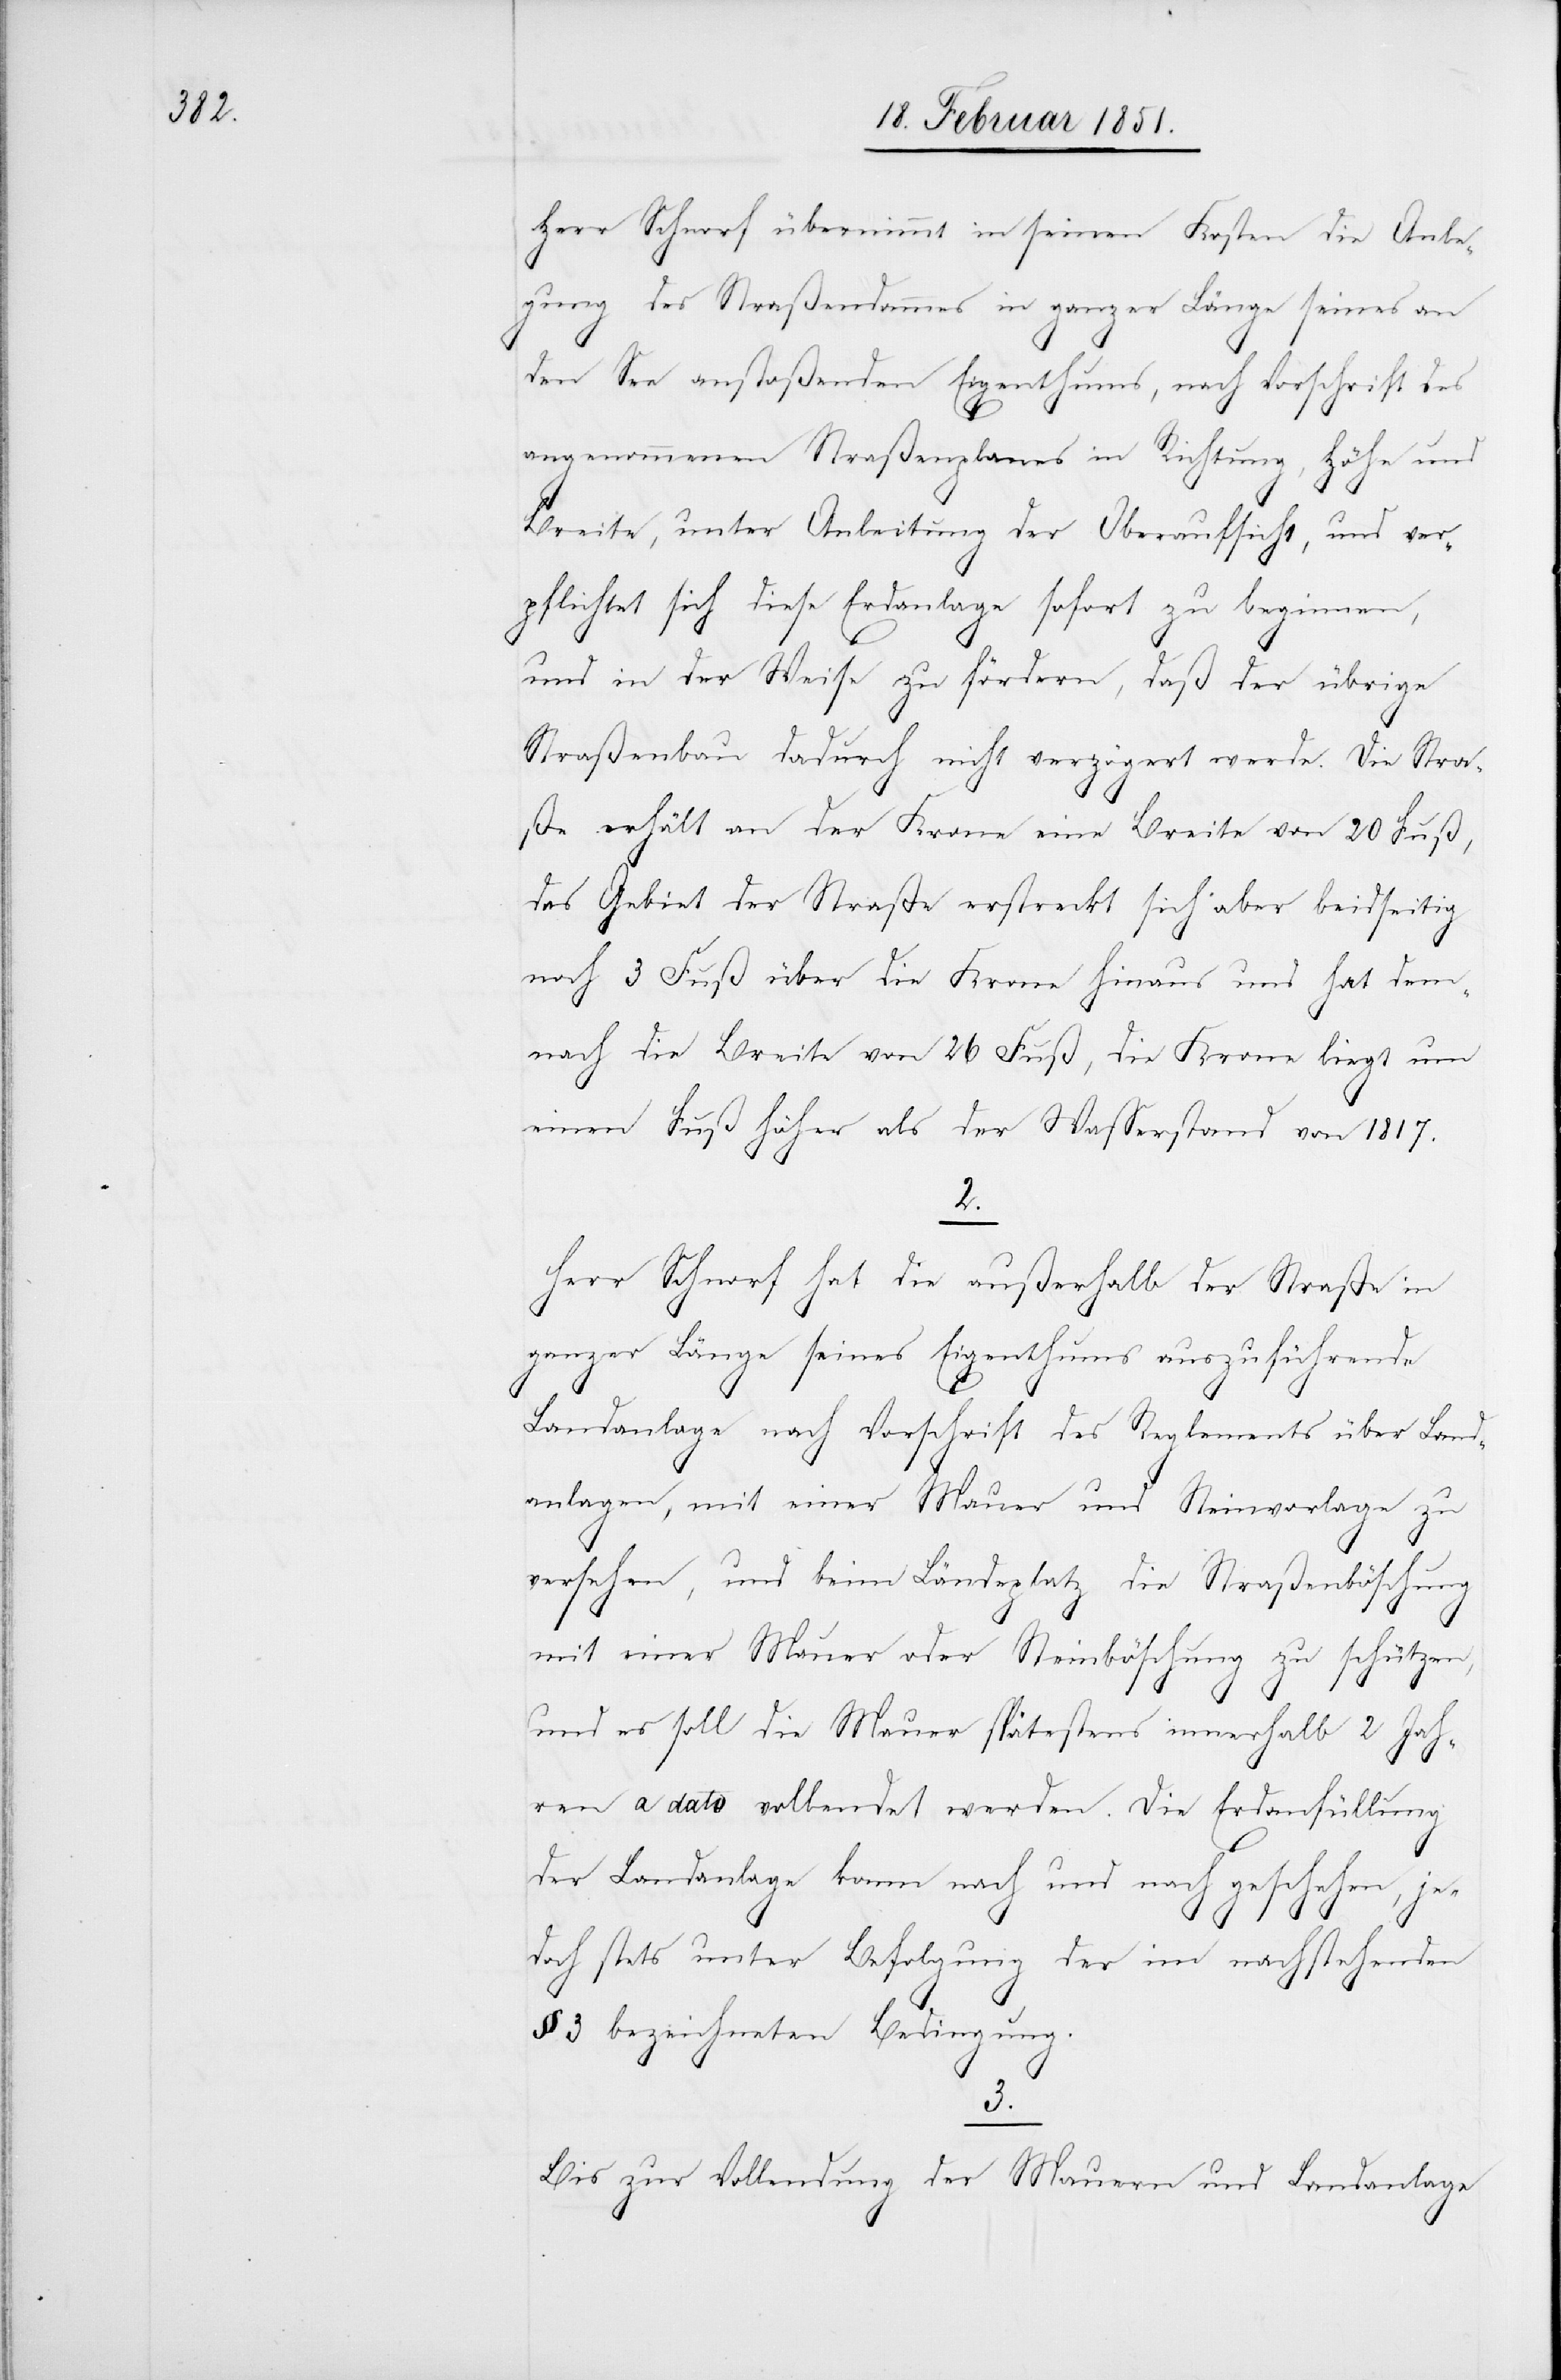
Herr Schnorf übernimmt in seinen Kosten die Anle¬
gung des Straßendammes in ganzer Länge seines an
den See anstoßenden Eigenthums, nach Vorschrift des
angenommenen Straßenplanes in Richtung, Höhe und
Breite, unter Anleitung der Oberaufsicht, und ver¬
pflichtet sich diese Erdanlage sofort zu beginnen,
und in der Weise zu fördern, daß der übrige
Straßenbau dadurch nicht verzögert werde. Die Stra¬
ße erhält an der Krone eine Breite von 20 Fuß,
das Gebiet der Straße erstreckt sich aber beidseitig
noch 3 Fuß über die Krone hinaus und hat dem¬
nach die Breite von 26 Fuß, die Krone liegt um
einen Fuß höher als der Wasserstand von 1817.
2.
Herr Schnorf hat die außerhalb der Straße in
ganzer Länge seines Eigenthums auszuführende
Landanlage nach Vorschrift des Reglements über Land¬
anlagen, mit einer Mauer und Steinvorlage zu
versehen, und beim Ländeplatz die Straßenböschung
mit einer Mauer oder Steinböschung zu schützen,
und es soll die Mauer spätestens innerhalb 2 Jah¬
ren a dato vollendet werden. Die Erdanfüllung
der Landanlage kann nach und nach geschehen, je¬
doch stets unter Befolgung der im nachstehenden
3 bezeichneten Bedingung.
3.
Bis zur Vollendung der Mauern und Landanlage